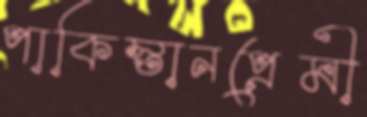
পাকিস্তানপ্রেমী